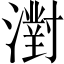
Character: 濧